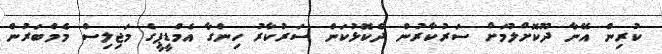
ކުރިން އޭނާ ދޫކޮށްލުމަށް ސަރުކާރުން ދެކޮޅުކަން ސަރުކާރު ހިންގާ އެމްޑީޕީގެ މަޖިލިސް މެމްބަރުން